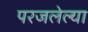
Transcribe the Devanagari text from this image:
परजलेल्या